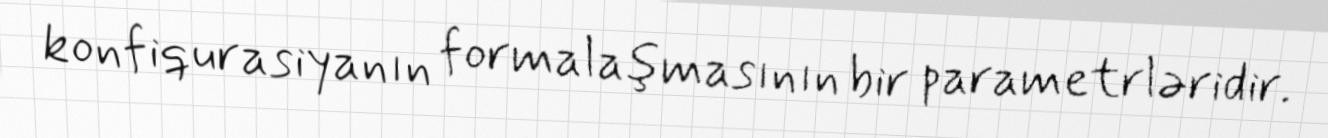
konfiqurasiyanın formalaşmasının bir parametrləridir.